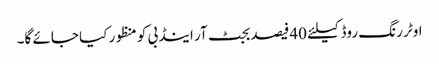
اوٹر رنگ روڈ کیلئے 40فیصد بجٹ آر اینڈ بی کو منظور کیا جائے گا۔